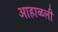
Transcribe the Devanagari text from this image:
आहाळली